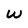
Character: w